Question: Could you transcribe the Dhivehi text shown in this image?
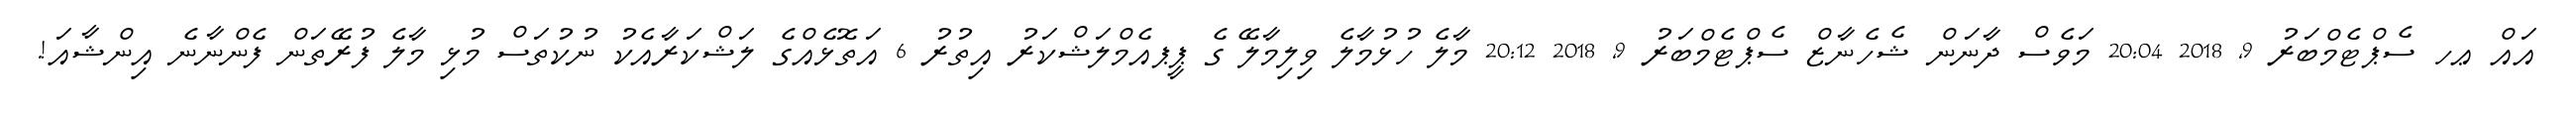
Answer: އައް ޢހ ސެޕްޓެމްބަރު 9, 2018 20:04 މަވެސް ދާނަން ޝެހެނާޒް ސެޕްޓެމްބަރު 9, 2018 20:12 މާލެ ހުޅުމާލެ ވިލިމާލޭ ގެ ޕީޕއެމްލަޝްކަރު އިތުރު 6 އަތޮޅެއްގެ ލަޝްކަރާއެކު ނުކުތަސް މުޅި މާލެ ފުރޭތަން ފެންނާނެ އިންޝާއަ!.